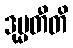
ဒုမ္မတီတိ